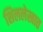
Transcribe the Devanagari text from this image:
शिललेखात